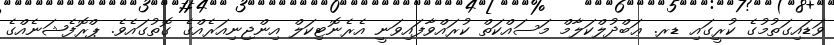
ވަޑައިގަތުމުގެ ކުރީގައި ޑރ. ޢަބްދުލްކަލާމް މަސައްކަތް ކުރައްވާފައިވަނީ އެރެނޮޓިކަލް އިންޖިނިއަރެއްގެ ގޮތުގައެވެ. ޕްރޮފެޝަނެއްގެ